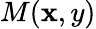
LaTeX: M(\mathbf{x},y)